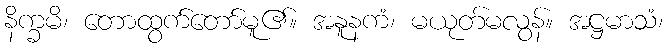
နိက္ခမိ၊ တောထွက်တော်မူ၏။ အနူနကံ၊ မယုတ်မလွန်။ အဋ္ဌမာသံ၊